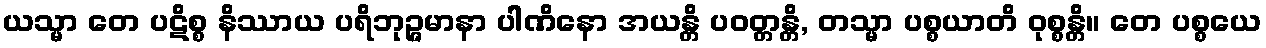
ယသ္မာ တေ ပဋိစ္စ နိဿာယ ပရိဘုဉ္ဇမာနာ ပါဏိနော အယန္တိ ပဝတ္တန္တိ, တသ္မာ ပစ္စယာတိ ဝုစ္စန္တိ။ တေ ပစ္စယေ